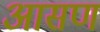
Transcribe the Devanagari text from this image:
आसण